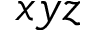
x y z